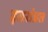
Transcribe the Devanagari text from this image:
इतरांप्रत